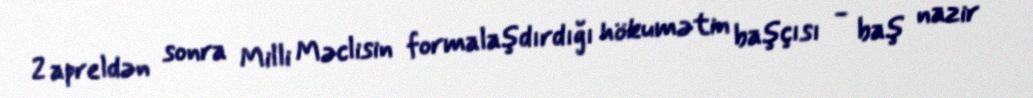
2 apreldən sonra Milli Məclisin formalaşdırdığı hökumətin başçısı - baş nazir